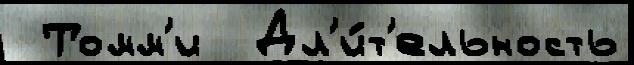
 Томм'и  Дл'и́т'ельность